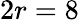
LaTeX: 2r=8